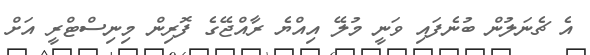
އެ ޗެނަލުން ބުނެފައި ވަނީ މުލޭ އިއްޔެ ރާއްޖޭގެ ފޮރިން މިނިސްޓްރީ އަށް